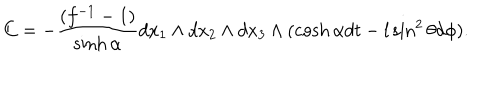
C = - \frac { ( f ^ { - 1 } - 1 ) } { \sinh \alpha } d x _ { 1 } \wedge d x _ { 2 } \wedge d x _ { 3 } \wedge ( \cosh \alpha d t - l \sin ^ { 2 } \theta d \phi ) .